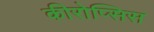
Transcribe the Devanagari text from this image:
कीरोप्सिस